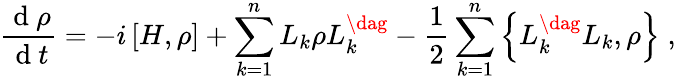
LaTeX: \frac{\mathrm{~d~}\rho}{\mathrm{~d~}t}=-i\left[H,\rho\right]+\sum_{k=1}^{n}L_{k}\rho L_{k}^{\dag}-\frac{1}{2}\sum_{k=1}^{n}\left\{ L_{k}^{\dag}L_{k},\rho\right\} \; ,